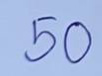
50